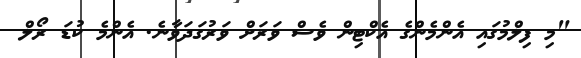
"މި ފިލްމުގައި އެންމެންގެ އެކްޓިން ވެސް ވަރަށް ވަރުގަދަވާނެ. އެންމެ ކުޑަ ރޯލް